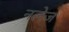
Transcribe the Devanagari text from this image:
नलेज